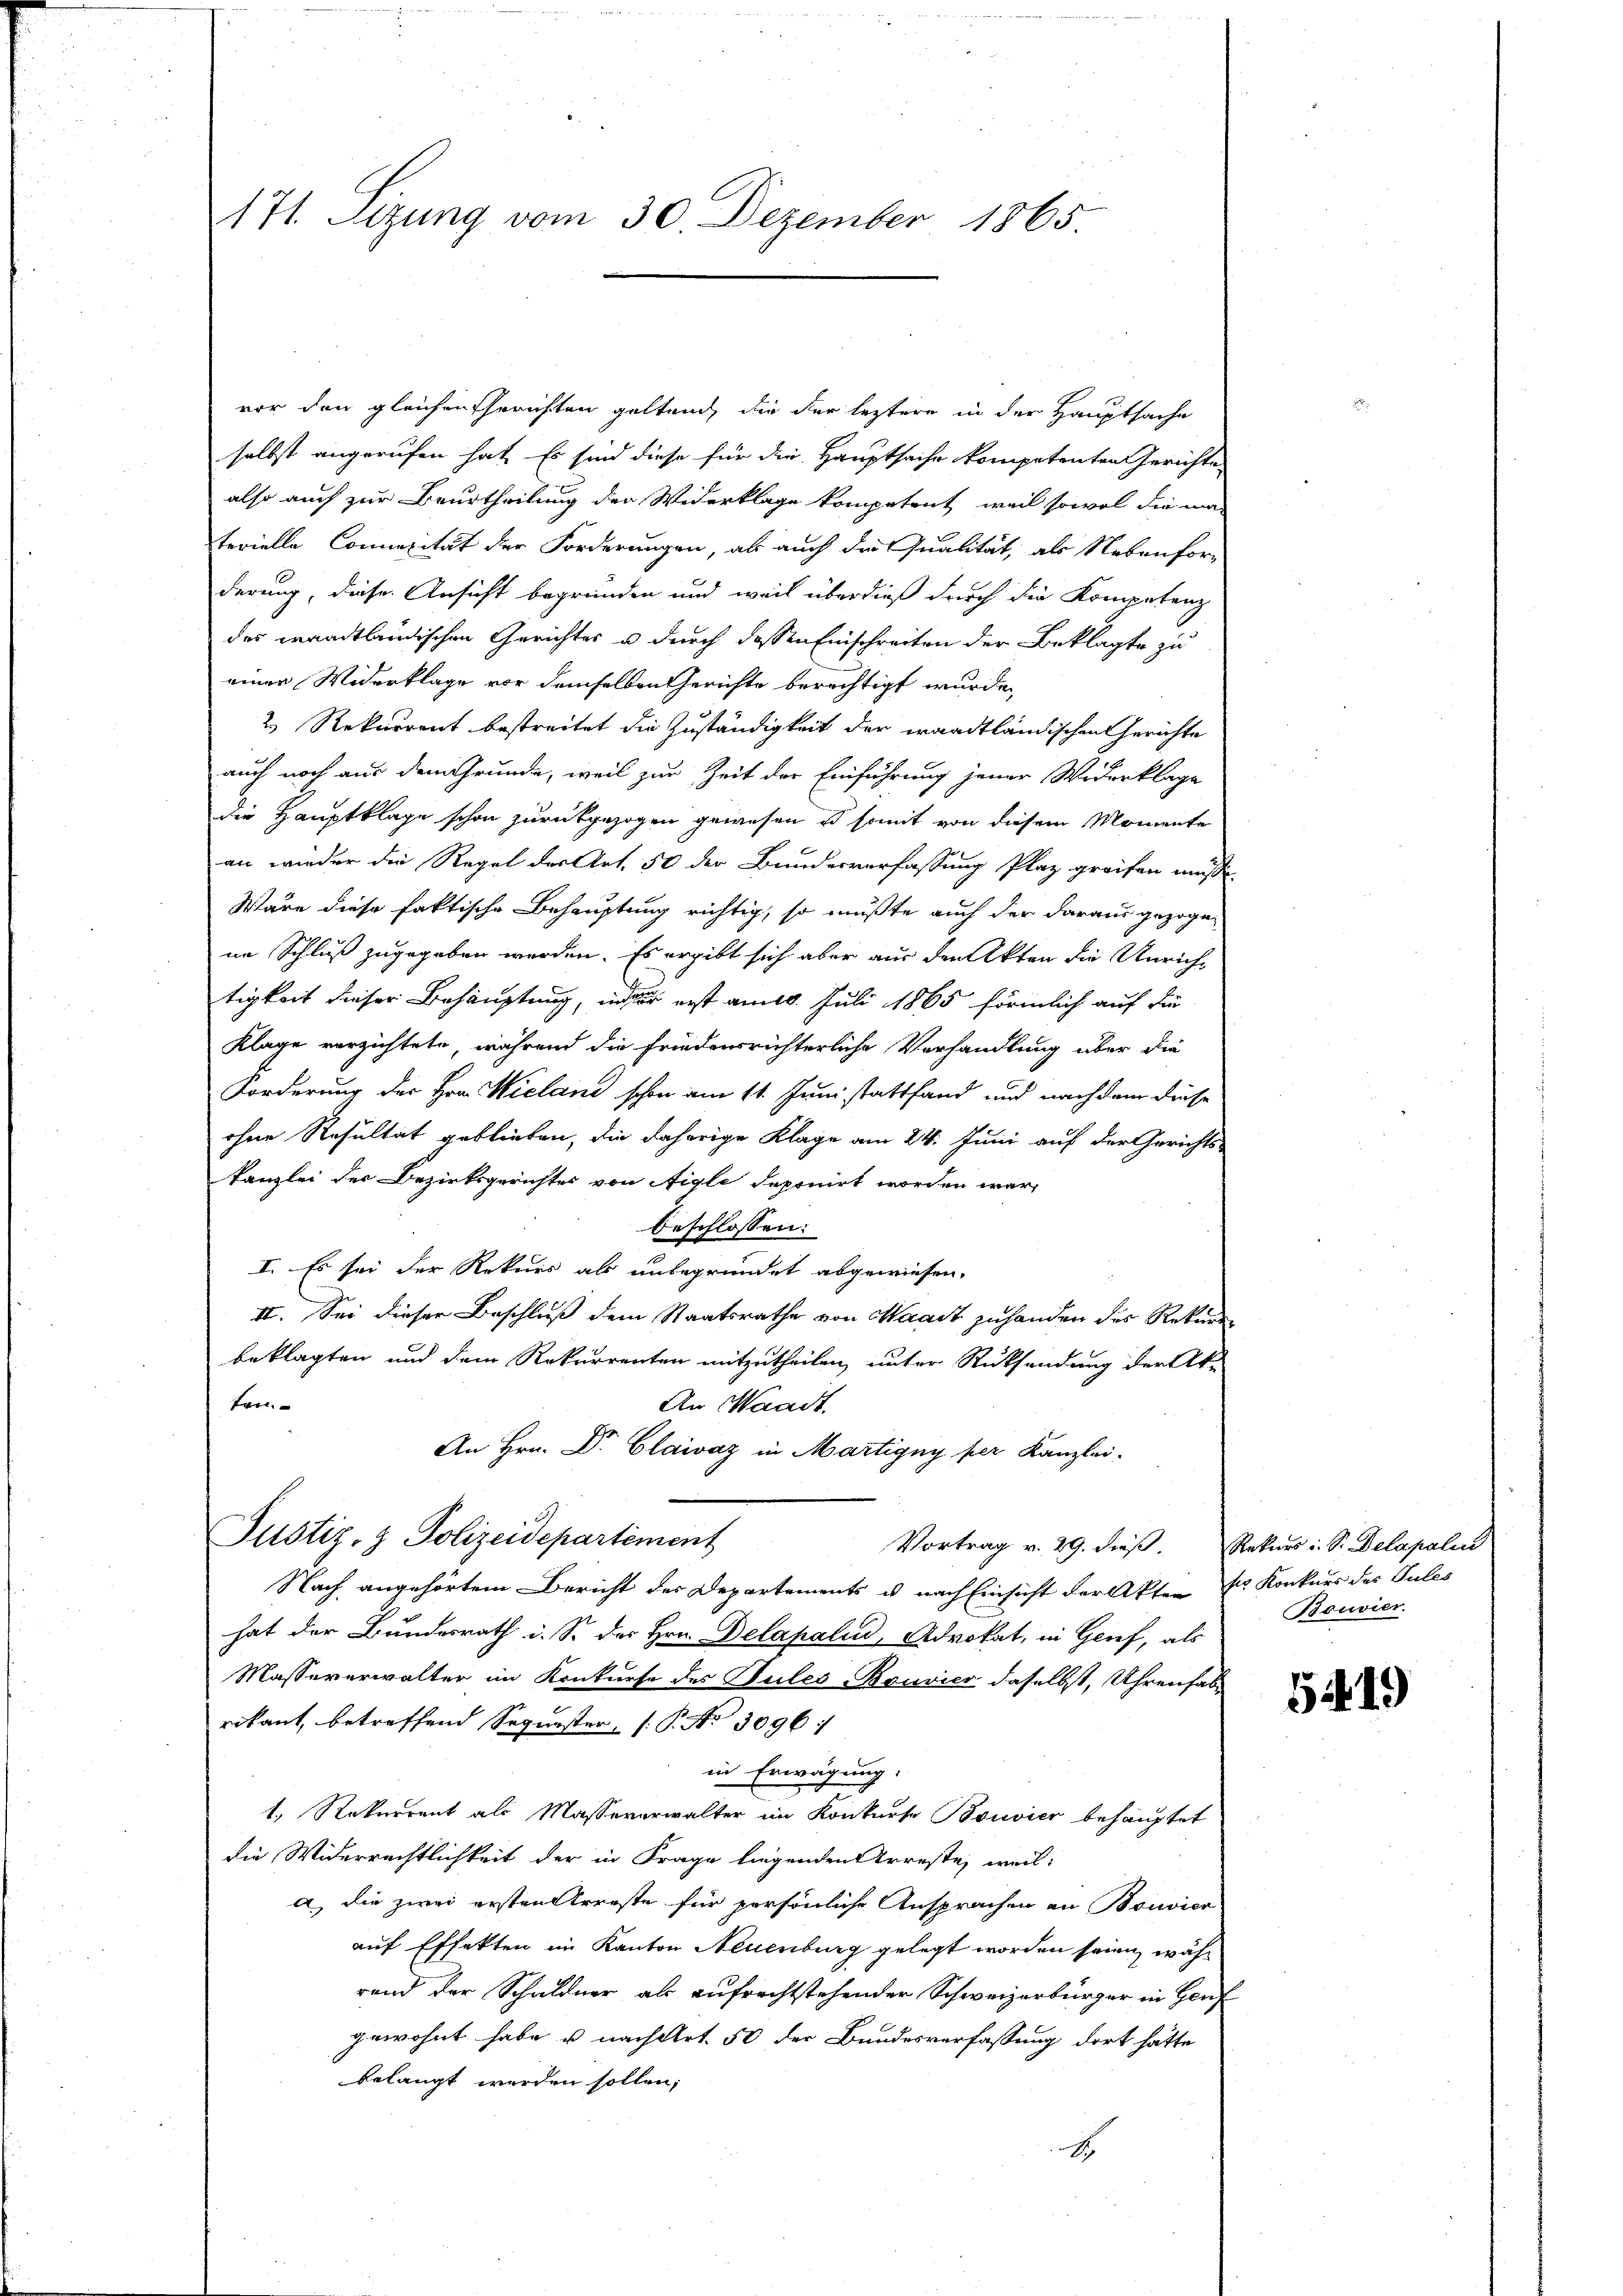
171. Sitzung vom 30. Dezember 1865.

vor den gleichen Gerichten gelten, die der leztere in der Hauptsache
selbst angerufen hat. Es sind diese für die Hauptsache kompetenten Gerichte
also auch zur Beurtheilung der Widerklage kompetent, weil sowol die ma-
terielle Connexität der Forderungen, als auch die Qualität, als Nebenforderung, diese Ansicht begründen und weil überdieß durch die Kompetenz
das waadtländischen Gerichtes u durch dessen Einschreiten der Beklagte zu
einer Widerklage vor demselben Gerichte berechtigt wurde,
2.) Rekurrent bestreitet die Zuständigkeit der waadtländischen Gerichte
auch noch aus dem Grunde, weil zur Zeit der Einführung jener Widerklage
die Hauptklage schon zurückgezogen gewesen es somit von diesem Momente
an wieder die Regel der Art. 50 der Bundesverfassung Plaz greifen müsse.
Wäre diese faktische Behauptung richtig, so müßte auch der daraus gezogene Schluß zugegeben werden. Es ergibt sich aber aus den Akten die Unricht
tigkeit dieser Behauptung, in erst am 10. Juli 1865 förmlich auf die
Klage verzichtete, während die friedensrichterliche Verhandlung über die
Forderung der Hrn. Hieland schon am 11. Juni stattfand und nachdem diese
ohne Resultat geblieben, die daherige Klage am 24. Juni auf der Gerichts-
kanzlei der Bezirksgerichtes von Aigle deponirt worden war,
beschlossen:
I. Es sei der Rekurs als unbegründet abgewiesen.
II. Sei dieser Beschluß dem Staatsrathe von Waadt zu handen des Rekurr
beklagten und dem Rekurrenten mitzutheilen, unter Rücksendung der Ak-
ten.
An Waadt.
An Hrn. Dr. Claivaz in Martigny per Kanzlei-
Justiz- & Polizeidepartement
Vortrag v. 29. dieß Rekurs i. Sr. Delapalin
Nach angehörtem Bericht der Departements u. nach Einsicht der Akten d. Konkurs des Pules
hat der Bundesrath i. S. des Hrn. Delapalud, Advokat, in Geref, als
Massererwalter im Konkurse des Pules-Bouvier daselbst, Uhrenhab
rikant, betreffend Sequester (: P. Nr. 3096/
in Erwägung:
1., Rekurrent als Masseverwalter im Konkurse Bouvier behauptet
die Widerrechtlichkeit der in Frage liegenden Arreste, weil:
a), die zwei ersten Arreste für persönliche Ansprachen an Bouvion
auf Effekten im Kanton Neuenburg gelegt worden seien, während der Schuldner als aufrechtstehender Schweizerbürger in Genf
gewohnt habe u. nach Art. 50 der Bundesverfassung dort hätte
belangt werden sollen;

Bouvier.

5419